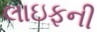
લાઇફની